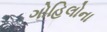
ગોહિલોના